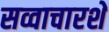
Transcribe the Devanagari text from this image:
सव्वाचारशे